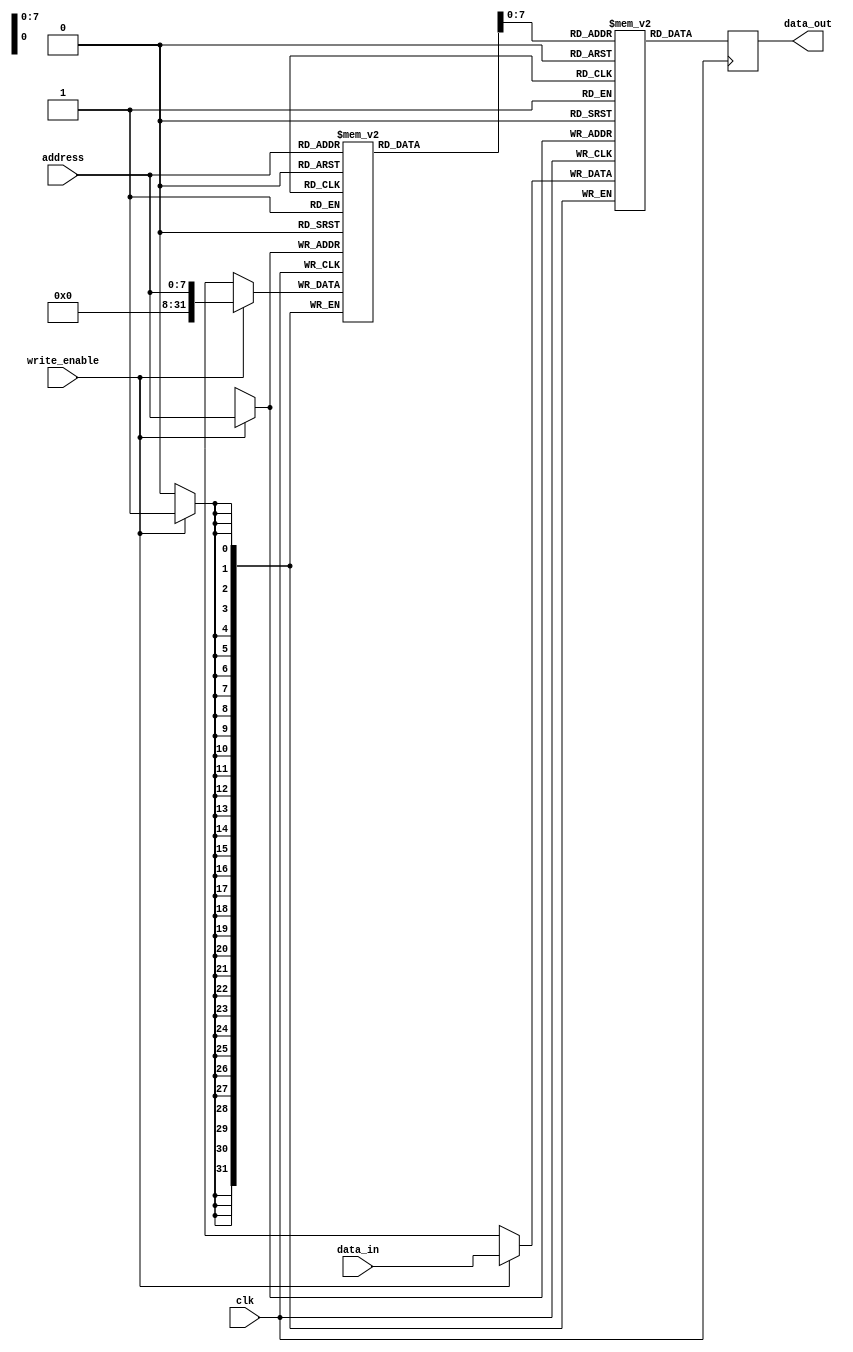
module MemoryShadowRegisterFile(
    input [7:0] address,
    input [31:0] data_in,
    input clk,
    input write_enable,
    output reg [31:0] data_out
);

reg [31:0] memory_blocks [0:255];
reg [31:0] shadow_register_file [0:255];

always @(posedge clk) begin
    if(write_enable) begin
        memory_blocks[address] <= data_in;
        shadow_register_file[address] <= address;
    end
    data_out <= memory_blocks[shadow_register_file[address]];
end

endmodule